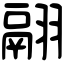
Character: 翮